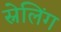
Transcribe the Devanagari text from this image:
स्नेलिंग